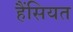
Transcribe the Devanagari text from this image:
हैंसियत